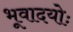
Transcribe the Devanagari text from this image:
भूवादयोः